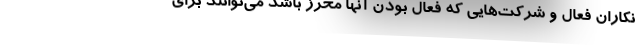
نکاران فعال و شرکت‌هایی که فعال بودن آنها محرز باشد می‌توانند برای